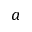
a